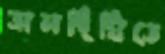
তালদিঘিতে